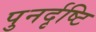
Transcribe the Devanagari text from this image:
पुनर्दृष्टि